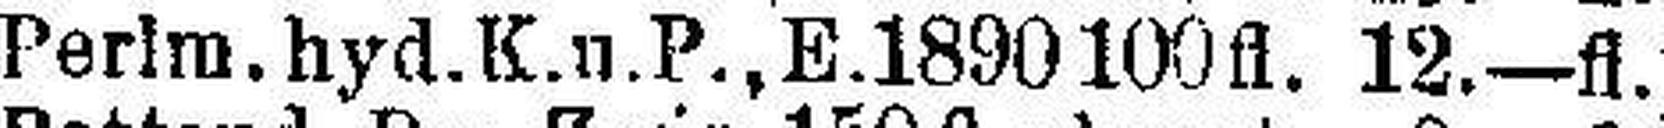
Perlm. hyd.K.u.P., E.1890 100fl. 12.—fl.